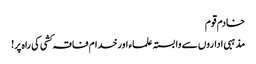
خادم قوم
مذہبی اداروں سے وابستہ علماء اورخدام فاقہ کشی کی راہ پر!